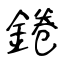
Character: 錈